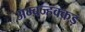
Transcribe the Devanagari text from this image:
अम्बज्हक्कड़